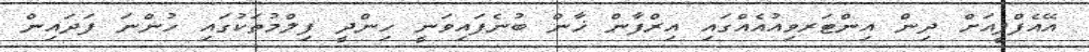
އޭއެފްޕީއަށް ދިން އިންޓަރވިއުއެއްގައި އިރްފާން ޚާން ބުނެފައިވަނީ ހިންދީ ފިލްމުތަކުގައި ހުންނަ ފަދައިން